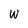
Character: W